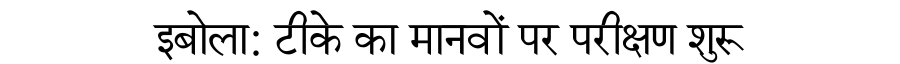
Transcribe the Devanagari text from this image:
इबोला: टीके का मानवों पर परीक्षण शुरू